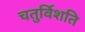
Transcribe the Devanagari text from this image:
चतुर्विशति